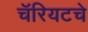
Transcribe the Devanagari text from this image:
चॅरियटचे